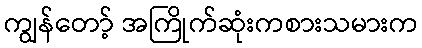
ကျွန်တော့် အကြိုက်ဆုံးကစားသမားက